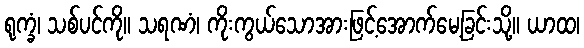
ရုက္ခံ၊ သစ်ပင်ကို။ သရဏံ၊ ကိုးကွယ်သောအားဖြင့်အောက်မေ့ခြင်းသို့။ ယာထ၊